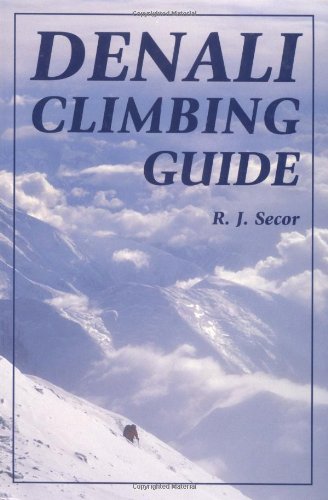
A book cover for Denali Climbing Guide; R. J. Secor; Sports & Outdoors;